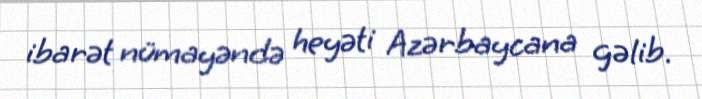
ibarət nümayəndə heyəti Azərbaycana gəlib.